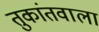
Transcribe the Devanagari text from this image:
तुकांतवाला